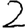
Digit: 2